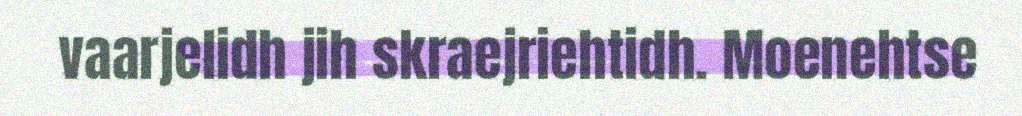
vaarjelidh jih skraejriehtidh. Moenehtse